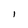
Character: l